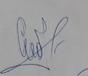
Signature authenticity: genuine